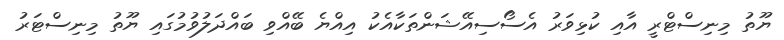
ޔޫތު މިނިސްޓްރީ އާއި ކުޅިވަރު އެސޯސިއޭޝަންތަކާއެކު އިއްޔެ ބޭއްވި ބައްދަލުވުމުގައި ޔޫތު މިނިސްޓަރު